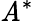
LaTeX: \mathit{A}^{*}